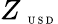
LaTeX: Z_{\mathrm{~\tiny~U~S~D~}}